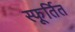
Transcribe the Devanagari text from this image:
स्फूर्तित